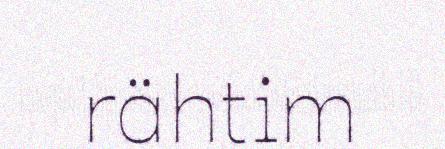
rähtim